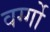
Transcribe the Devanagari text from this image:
वर्ग्गो